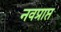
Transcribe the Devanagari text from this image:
नवप्राप्त